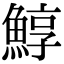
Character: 鯙